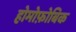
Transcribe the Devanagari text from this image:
होमोफ़ोबिक